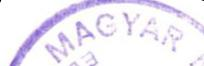
MAGYAR